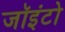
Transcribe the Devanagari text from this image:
जॉइंटो